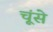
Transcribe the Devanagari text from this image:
चूंसे